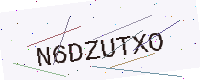
Text: N6DZUTXO